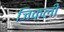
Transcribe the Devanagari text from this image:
जिकली